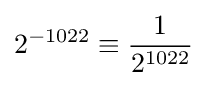
2^{-1022}\equiv {\frac {1}{2^{1022}}}